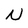
Character: N